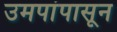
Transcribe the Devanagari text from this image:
उमपांपासून